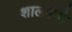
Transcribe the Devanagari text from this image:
शालवनो